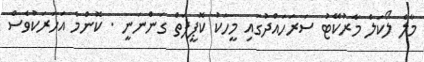
މާލެ ލޯކަލް މާރުކޭޓު ސަރަހައްދުގައި މީހަކު ކޮޕީފަތް ގަންނަނީ . ކޮންމެ އަހަރަކުވެސް